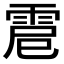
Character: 𩂵